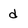
Character: d